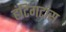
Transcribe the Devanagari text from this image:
हंटिंगटांस